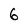
Character: 6